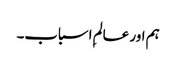
ہم اور عالمِ اسباب۔